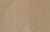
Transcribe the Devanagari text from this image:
कुमशेतची